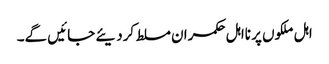
اہل ملکوں پر نااہل حکمران مسلط کردیئے جائیں گے۔